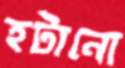
হটানো